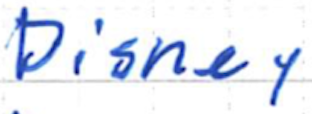
Text: Disney
Cross-out: clean
Writing tool: ballpoint